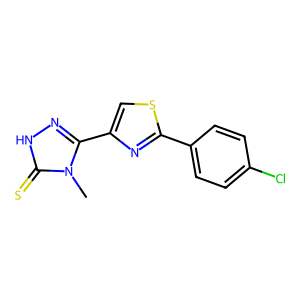
SMILES: Cn1c(-c2csc(-c3ccc(Cl)cc3)n2)n[nH]c1=S
Inhibits HIV replication: No